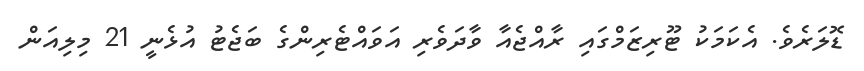
ޑޮލަރެވެ. އެކަމަކު ޓޫރިޒަމްގައި ރާއްޖެއާ ވާދަވެރި އަވައްޓެރިންގެ ބަޖެޓު އުޅެނީ 21 މިލިއަން